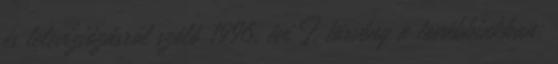
és televíziózásról szóló 1996. évi I. törvény a továbbiakban: